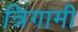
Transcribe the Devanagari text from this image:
त्रिगामी